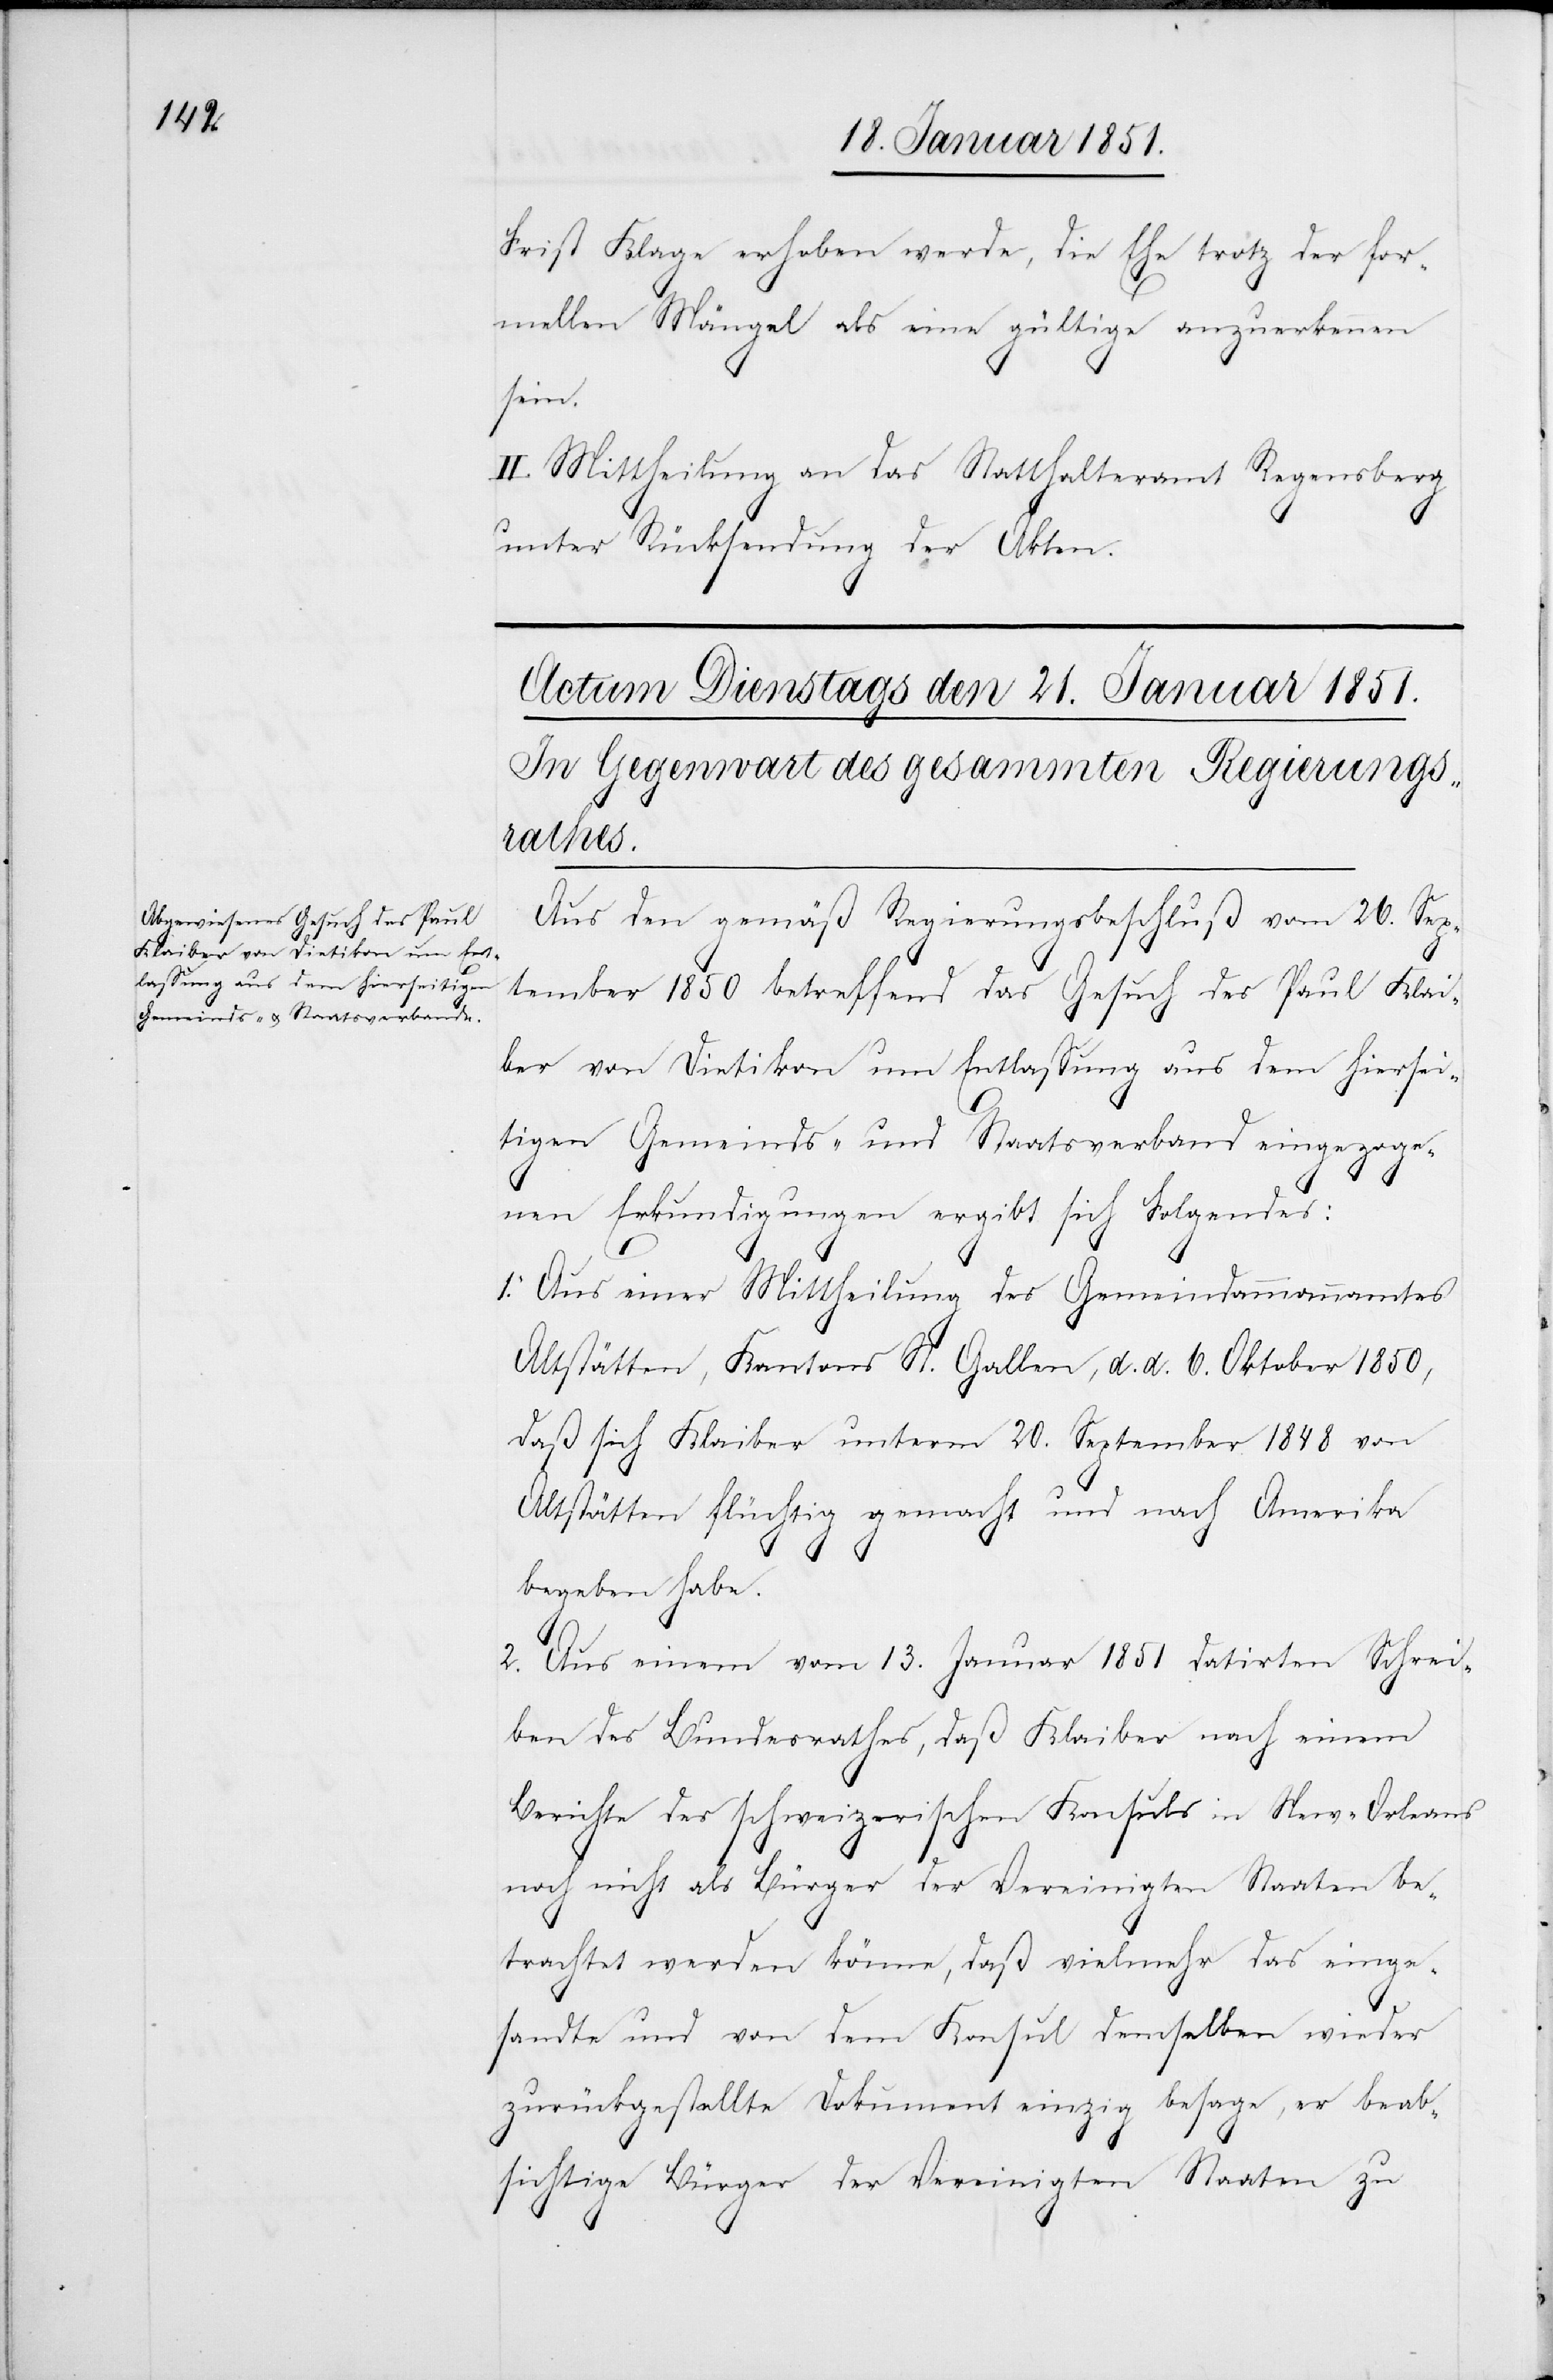
Frist Klage erhoben werde, die Ehe trotz der for¬
mellen Mängel als eine gültige anzuerkennen
sein.
II. Mittheilung an das Statthalteramt Regensberg
unter Rücksendung der Akten.
Aus den gemäß Regierungsbeschluß vom 26. Sep¬
tember 1850 betreffend das Gesuch des Paul Klai¬
ber von Dietikon um Entlassung aus dem hiersei¬
tigen Gemeinds- und Staatsverband eingezoge¬
nen Erkundigungen ergibt sich Folgendes:
1. Aus einer Mittheilung des Gemeindammannamtes
Altstätten, Kantons St. Gallen, d. d. 6. Oktober 1850,
daß sich Klaiber unterm 20. September 1848 von
Altstätten flüchtig gemacht und nach Amerika
begeben habe.
2. Aus einem vom 13. Januar 1851 datirten Schrei¬
ben des Bundesrathes, daß Klaiber nach einem
Berichte des schweizerischen Konsuls in New-Orleans
noch nicht als Bürger der Vereinigten Staaten be¬
trachtet werden könne, daß vielmehr das einge¬
sandte und von dem Konsul demselben wieder
zurückgestellte Dokument einzig besage, er beab¬
sichtige Bürger der Vereinigten Staaten zu